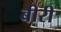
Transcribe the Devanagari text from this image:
बीरी